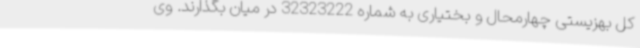
کل بهزیستی چهارمحال و بختیاری به شماره 32323222 در میان بگذارند. وی